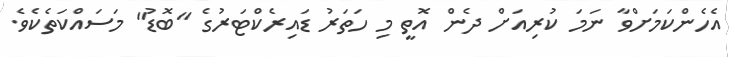
އެހެންކަމަށްވާ ނަމަ ކުރިއަށް ދެން އޮތީ މި ހަތަރު ޑައިރެކްޓަރުގެ "ބޮޑު" މަސައްކަތެކެވެ.